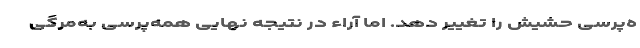
ه‌پرسی حشیش را تغییر دهد. اما آراء در نتیجه نهایی همه‌پرسی به‌مرگی